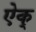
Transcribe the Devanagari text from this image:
ऐक्